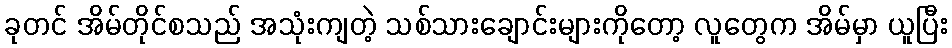
ခုတင် အိမ်တိုင်စသည် အသုံးကျတဲ့ သစ်သားချောင်းများကိုတော့ လူတွေက အိမ်မှာ ယူပြီး